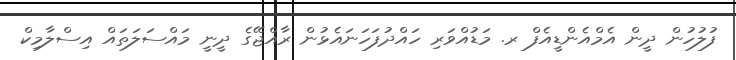
ފުލުހުން ދީން އެމްއެންޑީއެފް ރ. މަޑުއްވަރި ހައްދުފަހަނައެޅުން ރާއްޖޭގެ ދީނީ މައްސަލަތައް އިސްލާމިކް